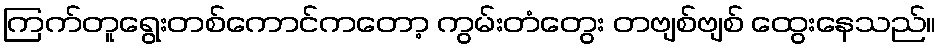
ကြက်တူရွေးတစ်ကောင်ကတော့ ကွမ်းတံတွေး တဗျစ်ဗျစ် ထွေးနေသည်။